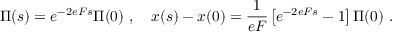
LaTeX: \Pi ( s ) = e ^ { - 2 e F s } \Pi ( 0 ) \ , ~ ~ ~ x ( s ) - x ( 0 ) = \frac { 1 } { e F } \left[ e ^ { - 2 e F s } - 1 \right] \Pi ( 0 ) \ .